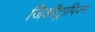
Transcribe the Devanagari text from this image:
जिऑट्रापिज्म